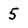
Character: 5